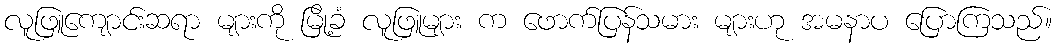
လူဖြူကျောင်းဆရာ များကို မြို့ခံ လူဖြူများ က ဖောက်ပြန်သမား များဟု အမနာပ ပြောကြသည်။